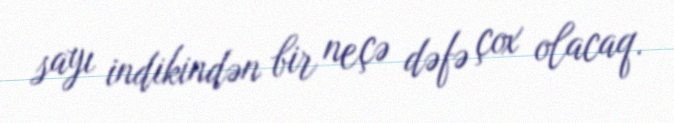
sayı indikindən bir neçə dəfə çox olacaq.